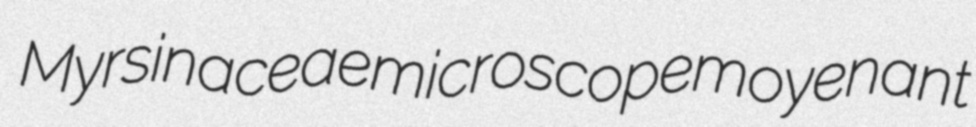
Myrsinaceae microscope moyenant